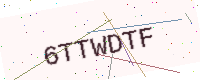
Text: 6TTWDTF